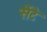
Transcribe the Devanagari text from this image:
सेंटे